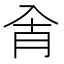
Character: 𰃗